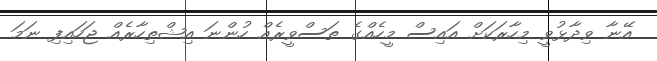
އޭނާ ވިދާޅުވީ މިހާރަކަށް އައިސް މީހެއްގެ ތަސްވީރެއް ހުންނަ އިޝްތިހާރެއް ޖަހައިފި ނަމަ